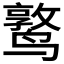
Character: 𬸫